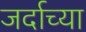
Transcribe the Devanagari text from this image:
जर्दाच्या